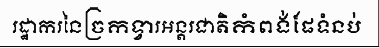
រដ្ឋាករនៃច្រកទ្វារអន្តរជាតិកំពង់ផែទំនប់